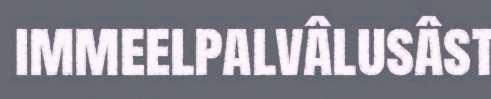
immeelpalvâlusâst